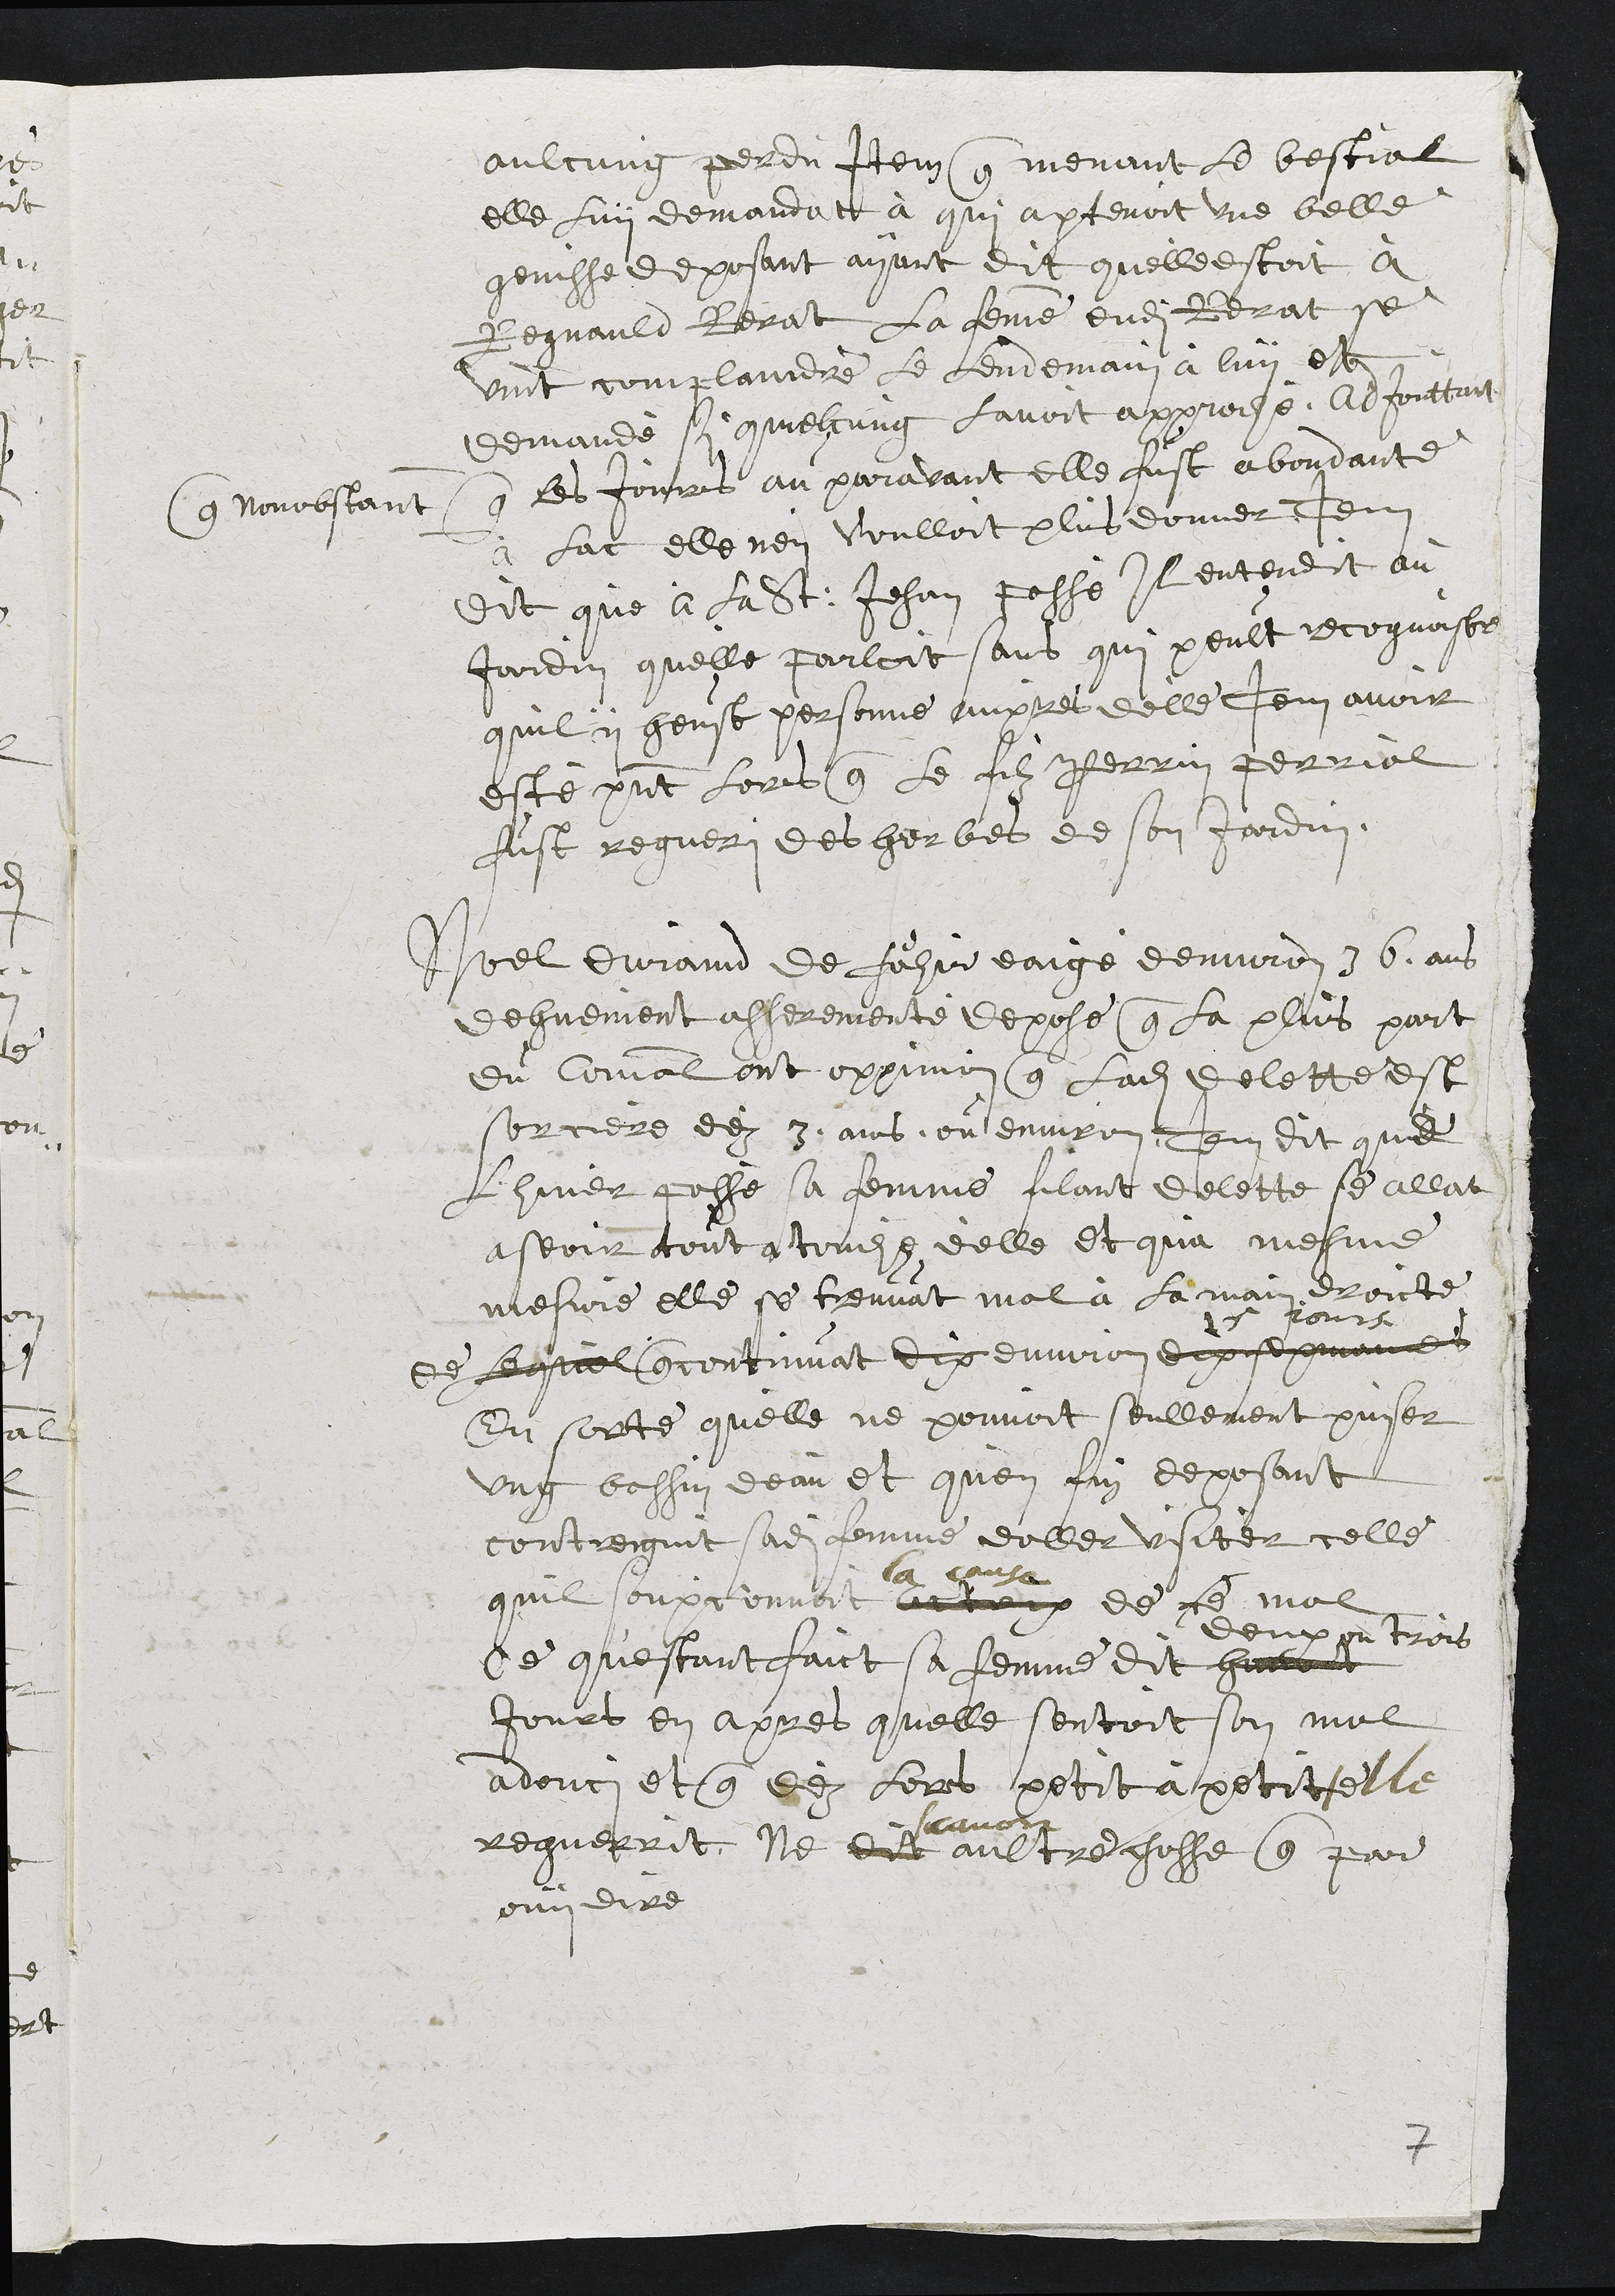
aulcung perdu Item que menant le bestial
elle luy demandat à qui apartenoit une belle
genisse deposant ayant dit quelle estoit a
Regnauld lerat La femme dudit Berat se
vint complanndre le lendemain a luy este
demandé si qmelcung lavoit approche. Adjouttant
que nonobstant que les jourrs au paravant elle fust aboudante
à lac elle nen voulloit plus donner Item
Dit que à la St Jehan posse Il entendit au
Jardin quelle parloit sans qui peult recognoiser
quil y heust personne aupres delle Itum avoir
este present loris que le filz Perrin Perrial
fust regueri des herbes de son Jardin.
Noel euraind de fosir eaige deniron 76 ans
dehuement asserementé depose que la plus part
du Coral ont oppinnon que ladite Delette est
sorciere de 3 ans ou environ Itu dit que
Lhuier passé sa femme alant delette se allat
aseoir tout a tondite delle et qua mesme
mesure elle se treuvat mal a la main droicte
de lequel concontinuat dix environ dix sepmoine
s pourse
En sorte quelle ne pouvoit seullement puiser
ung bessin deau et quen fin deposant
contieignit sadite femme deller usiter celle
quil soupconnoit a teux
la cause
de fe mal
de questant faict sa femme dit hui
deux ou trois
Jours en apres quelle sentoit son mal
adouc et que de lors petit a petitelle
reguerrit Ne dit
cavoi
aultre chosse que par
oun dire